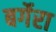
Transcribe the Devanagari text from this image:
बर्गेरा